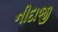
નીદાજી